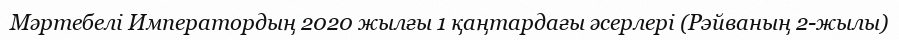
Мәртебелі Императордың 2020 жылғы 1 қаңтардағы әсерлері (Рэйваның 2-жылы)